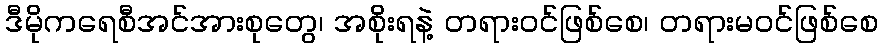
ဒီမိုကရေစီအင်အားစုတွေ၊ အစိုးရနဲ့ တရားဝင်ဖြစ်စေ၊ တရားမဝင်ဖြစ်စေ